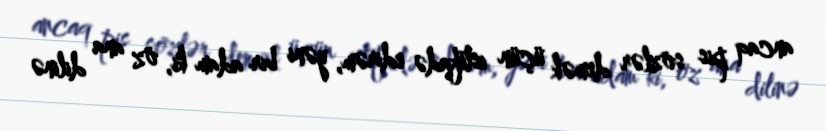
ancaq pis sözlər demək üçün istifadə edirəm, yəni bir adam ki, öz ana dilinə